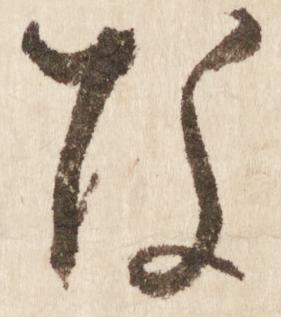
な